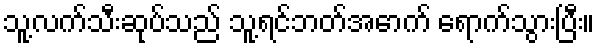
သူ့လက်သီးဆုပ်သည် သူ့ရင်ဘတ်အောက် ရောက်သွားပြီး။